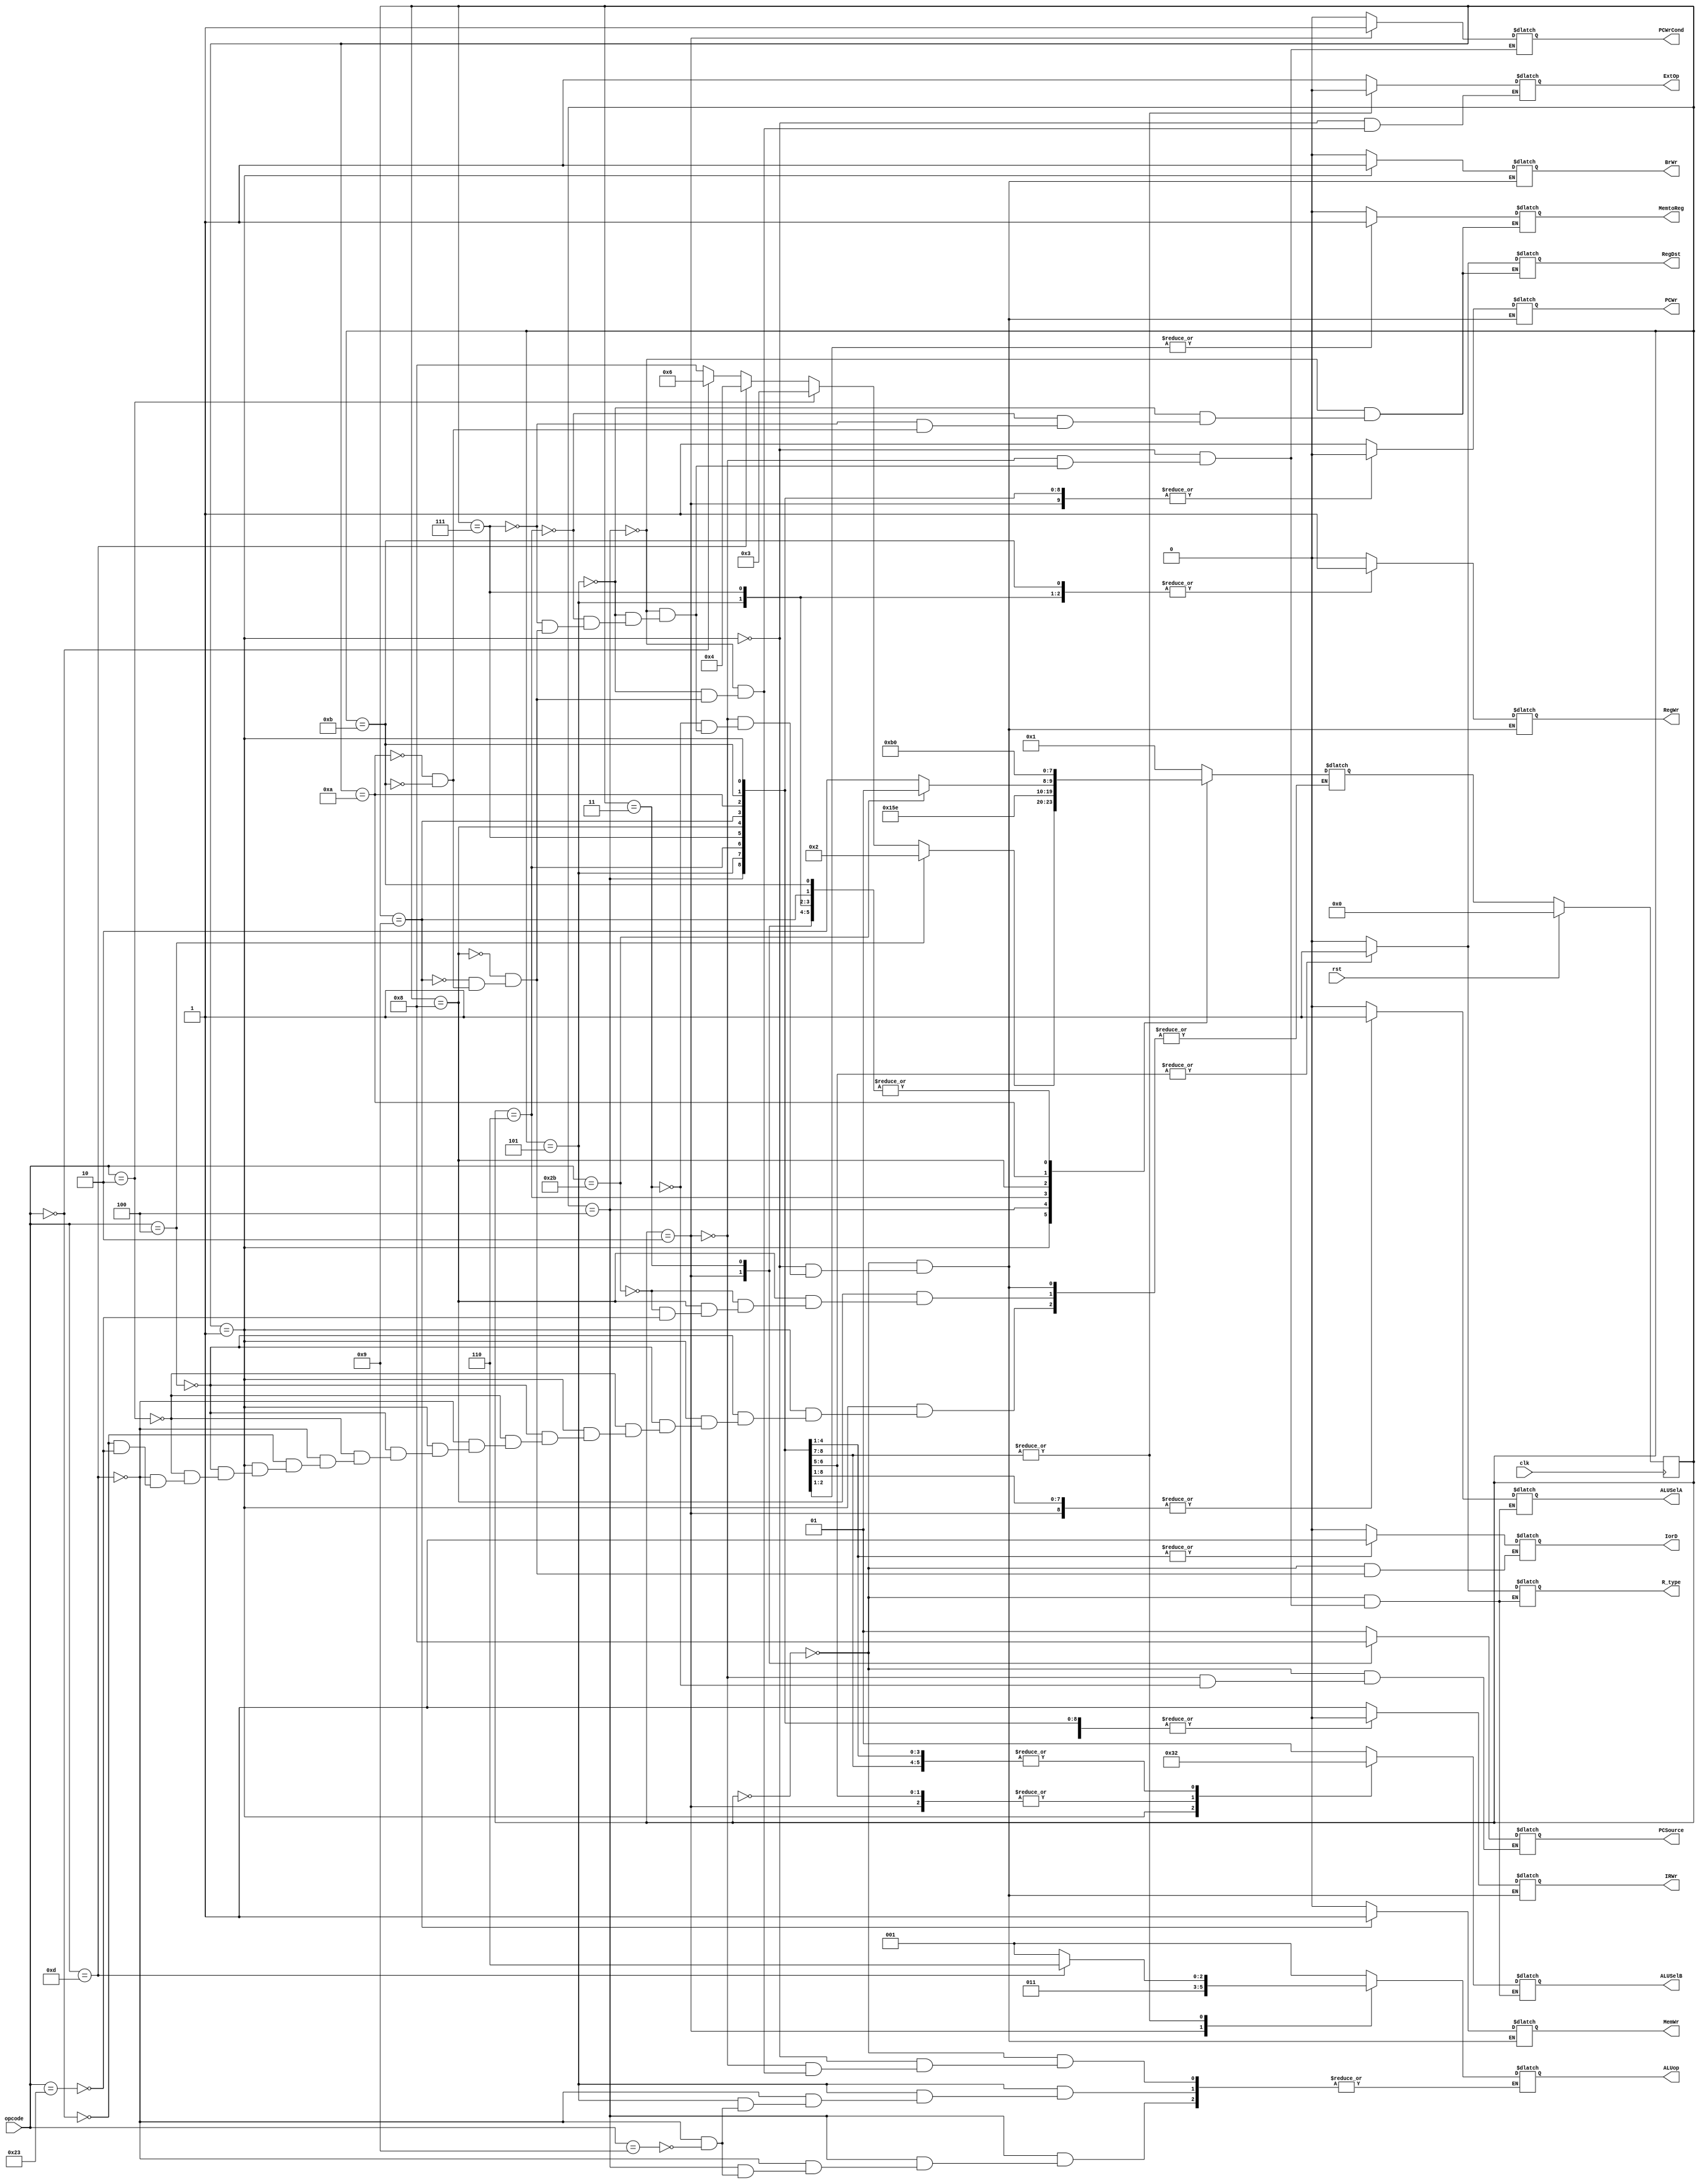
`timescale 1ns / 1ps
//////////////////////////////////////////////////////////////////////////////////
// Company: 
// Engineer: 
// 
// Design Name: 
// Module Name: CU
// Project Name: 
// Target Devices: 
// Tool Versions: 
// Description: 
// 
// Dependencies: 
// 
// Revision:
// Revision 0.01 - File Created
// Additional Comments:
// 
//////////////////////////////////////////////////////////////////////////////////


module CU(
input clk,
input rst,
input [5:0] opcode,//op
output reg IRWr,
output reg ExtOp,
output reg IorD,
output reg [1:0] PCSource,
output reg [1:0] ALUSelB,
output reg [2:0] ALUop,//ALU
output reg R_type,
output reg RegDst,
output reg MemtoReg,
output reg ALUSelA,
output reg BrWr,
output reg PCWr,
output reg PCWrCond,
output reg RegWr,
output reg MemWr
    );
    parameter [3:0] zero=4'b0000,//12
                      one=4'b0001,
                      two=4'b0010,
                      three=4'b0011,
                      four=4'b0100,
                      five=4'b0101,
                      six=4'b0110,
                      seven=4'b0111,
                      eight=4'b1000,
                      nine=4'b1001,
                      ten=4'b1010,
                      eleven=4'b1011;
    reg [3:0] curr_state,next_state;
    always@(negedge clk)
    begin
    if(rst)
        curr_state<=zero;
    else
        curr_state<=next_state;
    end
    always@(*)
    begin
        case(curr_state)
        zero:begin
                IorD=0;
                ALUSelA=0;
                ALUSelB=2'b01;
                ALUop=3'b001;
                PCSource=2'b01;
                PCWr=1'b1;
                IRWr=1'b1;
                MemWr=0;
                RegWr=0;
                BrWr=0;
                R_type=0;
                next_state=one;
             end
        one:begin
                ExtOp=1'b1;
                ALUSelA=0;
                ALUSelB=2'b11;
                ALUop=3'b001;
                BrWr=1'b1;
                PCWr=0;
                PCWrCond=0;
                IRWr=0;
                MemWr=0;
                RegWr=0;
                R_type=0;
                if(opcode==6'b000100)
                    next_state=two;
                else if(opcode==6'b000010)
                    next_state=three;
                else if(opcode==6'b001101)
                    next_state=four;
                else if(opcode==6'b000000)
                    next_state=six;
                else if(opcode==6'b100011||opcode==101011)
                    next_state=eight;
            end
        two:begin
                ALUSelA=1'b1;
                ALUSelB=2'b00;
                ALUop=3'b011;
                PCWrCond=1'b1;
                PCSource=2'b10;
                RegWr=0;
                PCWr=0;
                IRWr=0;
                MemWr=0;
                BrWr=0;
                R_type=0;
                next_state=zero;
            end
        three:begin
            PCSource=2'b00;
            PCWr=1'b1;
            RegWr=0;
            IRWr=0;
            MemWr=0;
            BrWr=0;
            next_state=zero;
            end
        four:begin
            ALUSelA=1'b1;
            ALUSelB=2'b10;
            ExtOp=0;
            MemtoReg=0;
            RegDst=0;
            RegWr=0;
            PCWr=0;
            PCWrCond=0;
            IRWr=0;
            MemWr=0;
            BrWr=0;
            R_type=0;
            next_state=five;
            if(opcode==6'b001101)
                ALUop=3'b110;
            else if(opcode==6'b001001)
                ALUop=3'b001;
            end
        five:begin
            ALUSelA=1'b1;
            ALUSelB=2'b10;
            ExtOp=0;
            MemtoReg=0;
            RegDst=0;
            RegWr=1'b1;
            PCWr=0;
            PCWrCond=0;
            IRWr=0;
            MemWr=0;
            BrWr=0;
            R_type=0;
            next_state=zero;
            if(opcode==6'b001101)
                ALUop=3'b110;
            else if(opcode==6'b001001)
                ALUop=3'b001;
            end
        six:begin
            ALUSelA=1'b1;
            ALUSelB=0;
            RegDst=1'b1;
            R_type=1'b1;
            RegWr=0;
            PCWr=0;
            PCWrCond=0;
            IRWr=0;
            MemWr=0;
            BrWr=0;
            MemtoReg=0;
            next_state=seven;
            end
        seven:begin
            ALUSelA=1'b1;
            ALUSelB=0;
            RegDst=1'b1;
            R_type=1'b1;
            RegWr=1'b1;
            PCWr=0;
            PCWrCond=0;
            IRWr=0;
            MemWr=0;
            BrWr=0;
            MemtoReg=0;
            next_state=zero;
            end
        eight:begin
            ALUSelA=1'b1;
            ALUSelB=2'b10;
            ALUop=3'b001;
            ExtOp=1'b1;
            IorD=1'b1;
            RegWr=0;
            PCWr=0;
            PCWrCond=0;
            IRWr=0;
            MemWr=0;
            BrWr=0;
            R_type=0;
            if(opcode==6'b101011)
                next_state=nine;
            else if(opcode==6'b100011)
                next_state=ten;
            end
        nine:begin
            ALUSelA=1'b1;
            ALUSelB=2'b10;
            ALUop=3'b001;
            ExtOp=1'b1;
            IorD=1'b1;
            RegWr=0;
            PCWr=0;
            PCWrCond=0;
            IRWr=0;
            MemWr=1'b1;
            BrWr=0;
            R_type=0;
            next_state=zero;
            end
        ten:begin
            ExtOp=1'b1;
            ALUSelA=1'b1;
            ALUSelB=2'b10;
            ALUop=3'b001;
            IorD=1'b1;
            R_type=0;
            MemtoReg=1'b1;
            RegDst=0;
            RegWr=0;
            PCWr=0;
            PCWrCond=0;
            IRWr=0;
            MemWr=0;
            BrWr=0;
            next_state=eleven;
            end
        eleven:begin
            ExtOp=1'b1;
            ALUSelA=1'b1;
            ALUSelB=2'b10;
            ALUop=3'b001;
            IorD=1'b1;
            R_type=0;
            MemtoReg=1'b1;
            RegDst=0;
            RegWr=1'b1;
            PCWr=0;
            PCWrCond=0;
            IRWr=0;
            MemWr=0;
            BrWr=0;
            next_state=zero;
            end
        endcase
    end
endmodule